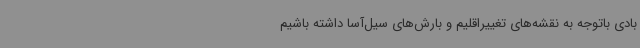
بادی باتوجه به نقشه‌های تغییراقلیم و بارش‌های سیل‌آسا داشته باشیم